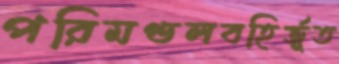
পরিমণ্ডলবহির্ভূত